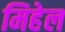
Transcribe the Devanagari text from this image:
मिहेल